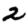
Digit: 2